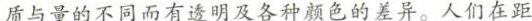
质与量的不同而有遗明及各种颜色的差异。人们在距